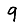
Digit: 9